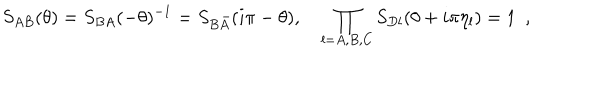
S _ { A B } ( \theta ) = S _ { B A } ( - \theta ) ^ { - 1 } = S _ { B \bar { A } } ( i \pi - \theta ) , \quad \prod _ { l = A , B , C } S _ { D l } ( \theta + i \pi \eta _ { l } ) = 1 \, \, \, ,